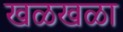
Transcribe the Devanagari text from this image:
खळखळा